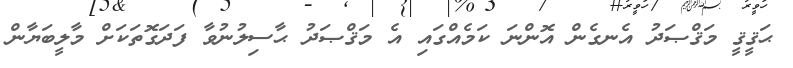
ޙަޤީޤީ މަޤްޞަދު އެނގެން އޮންނަ ކަމެއްގައި އެ މަޤްޞަދު ޙާސިލުނުވާ ފަދަގޮތަކަށް މާލީބަޔާން